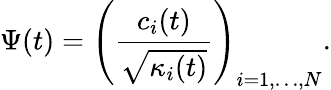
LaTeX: \Psi(t)=\left(\frac{c_{i}(t)}{\sqrt{\kappa_{i}(t)}}\right)_{i=1,\dots,N}.